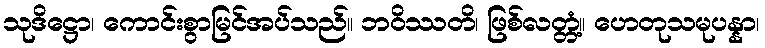
သုဒိဋ္ဌော၊ ကောင်းစွာမြင်အပ်သည်။ ဘဝိဿတိ၊ ဖြစ်လတ္တံ့။ ဟေတုသမုပန္နာ၊